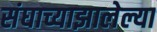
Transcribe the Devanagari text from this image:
संघाच्याझालेल्या